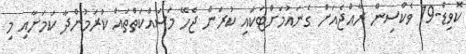
ކޮވިޑް-19 ވެކްސިން ރާއްޖެއަށް ގެނައުމަށްޓަކައި ކުރަން ޖެހޭ މަސައްކަތްތައް ކުރަމުންދާ ކަމަށާއި މި